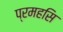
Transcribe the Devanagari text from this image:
प्रमहसि